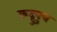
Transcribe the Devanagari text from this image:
कद्रुपुत्र